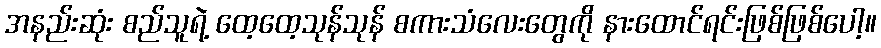
အနည်းဆုံး စည်သူရဲ့ ထေ့ထေ့သုန်သုန် စကားသံလေးတွေကို နားထောင်ရင်းဖြစ်ဖြစ်ပေါ့။